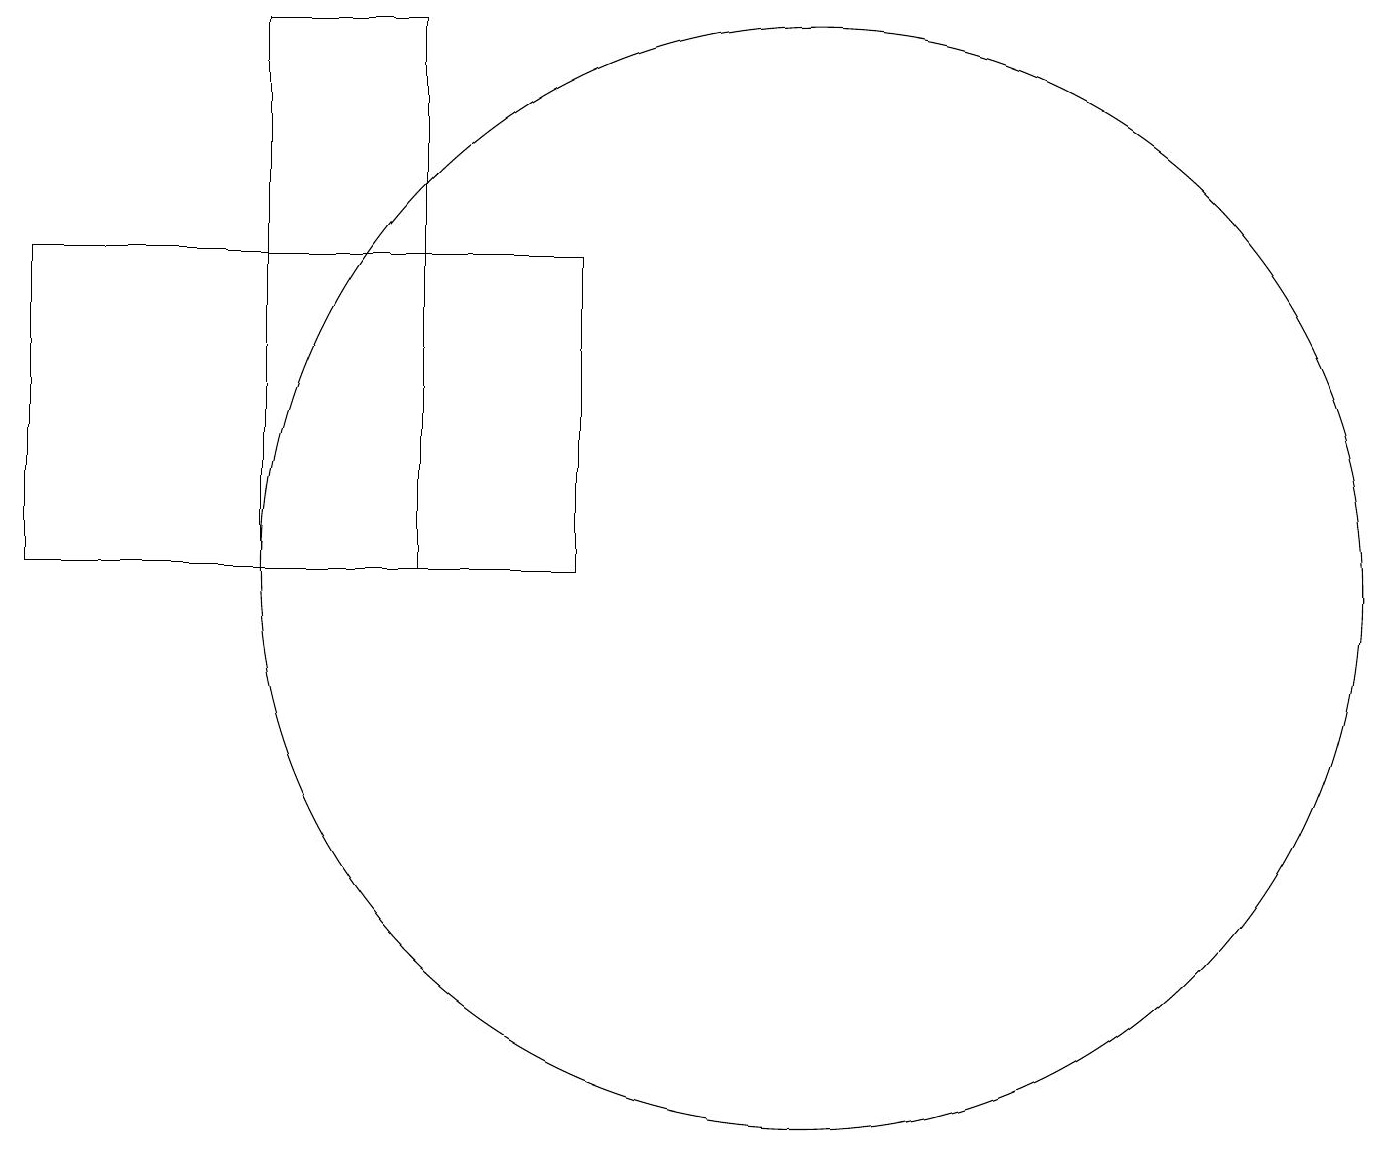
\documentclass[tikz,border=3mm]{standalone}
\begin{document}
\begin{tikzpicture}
\draw (6,10) rectangle (4,17);
\draw (8,14) rectangle (1,10);
\draw (11,10) circle (7);
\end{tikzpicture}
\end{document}